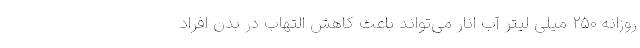
روزانه ۲۵۰ میلی لیتر آب انار می‌تواند باعث کاهش التهاب در بدن افراد